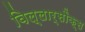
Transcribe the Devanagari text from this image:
विल्लार्सौक्स